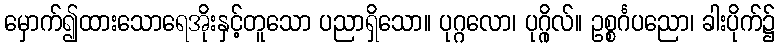
မှောက်၍ထားသောရေအိုးနှင့်တူသော ပညာရှိသော။ ပုဂ္ဂလော၊ ပုဂ္ဂိုလ်။ ဥစ္စင်္ဂပညော၊ ခါးပိုက်၌